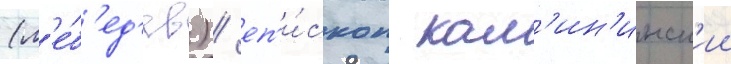
(л'е́б'ед'ев) / еп'и́скоп кал'ин'инск'ии